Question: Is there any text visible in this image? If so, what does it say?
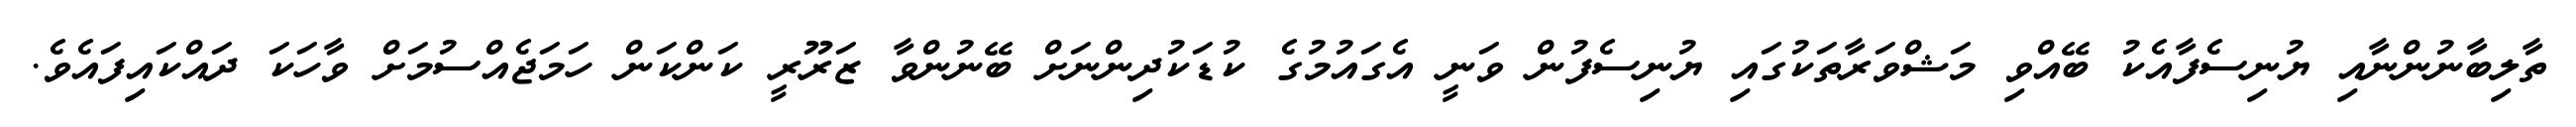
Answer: ތާލިބާނުންނާއި ޔުނިސެފާއެކު ބޭއްވި މަޝްވަރާތަކުގައި ޔުނިސެފުން ވަނީ އެގައުމުގެ ކުޑަކުދިންނަށް ބޭނުންވާ ޒަރޫރީ ކަންކަން ހަމަޖެއްސުމަށް ވާހަކަ ދައްކައިފައެވެ.